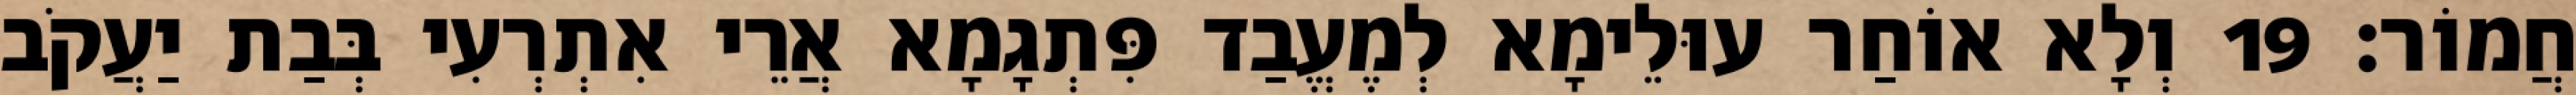
חֲמוֹר׃ 19 וְלָא אוֹחַר עוּלֵימָא לְמֶעֱבַד פִּתְגָמָא אֲרֵי אִתְרְעִי בְּבַת יַעֲקֹב